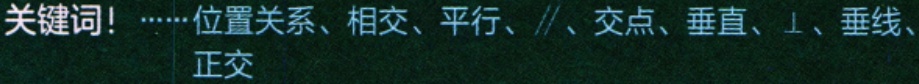
关键词！……位置关系、相交、平行、\(\parallel\)、交点、垂直、\(\perp\)、垂线、正交